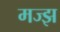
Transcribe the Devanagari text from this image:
मज्झ